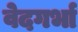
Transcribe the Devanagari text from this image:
वेदगर्भा